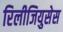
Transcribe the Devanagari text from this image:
रिलीजियुसेस